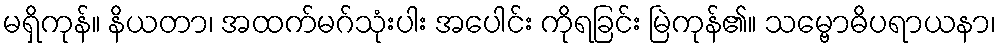
မရှိကုန်။ နိယတာ၊ အထက်မဂ်သုံးပါး အပေါင်း ကိုရခြင်း မြဲကုန်၏။ သမ္ဗောဓိပရာယနာ၊